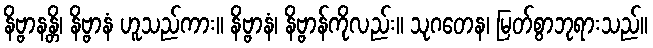
နိဗ္ဗာနန္တိ၊ နိဗ္ဗာနံ ဟူသည်ကား။ နိဗ္ဗာနံ၊ နိဗ္ဗာန်ကိုလည်း။ သုဂတေန၊ မြတ်စွာဘုရားသည်။